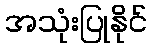
အသုံးပြုနိုင်